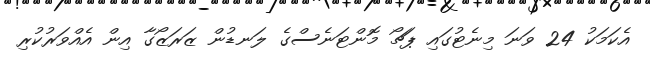
އެކަމަކު 24 ވަނަ މިނެޓުގައި ޕަޗޯ މޮންޓަނެސްގެ ލަނޑުން ޒަރަޒޯގާ އިން އެއްވަރުކުރި